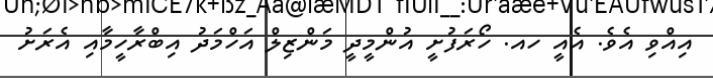
އިއްވި އެވެ. އެއީ ހއ. ހޯރަފުށީ އުންމީދީ މަންޒިލް އަހްމަދު އިބްރާހީމާއި އެރަށު